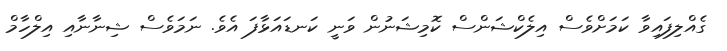
ގެއްލިފައިވާ ކަމަށްވެސް އިލެކްޝަންސް ކޮމިޝަނުން ވަނީ ކަނޑައަޅާފަ އެވެ. ނަމަވެސް ޝިނާނާއި އިލްހާމް